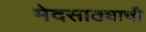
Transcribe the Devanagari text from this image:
मेदसाठ्याची